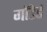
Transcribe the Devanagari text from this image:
गाॅडेर्ड